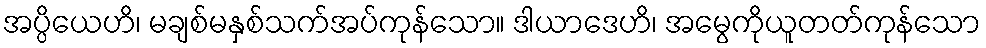
အပ္ပိယေဟိ၊ မချစ်မနှစ်သက်အပ်ကုန်သော။ ဒါယာဒေဟိ၊ အမွေကိုယူတတ်ကုန်သော